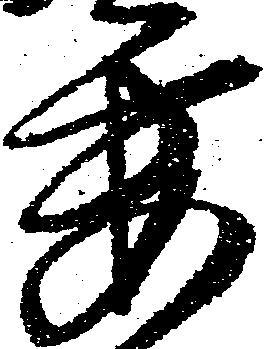
要